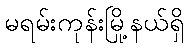
မရမ်းကုန်းမြို့နယ်ရှိ